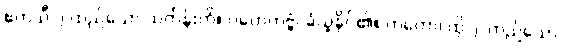
ဧကသီ ၂-ထည်သော သင်္ကန်းကို။ ဂဟေတဗ္ဗံ၊ ခံယူနိုင်၏။ တတော၊ ထို ၂၊ တည်သော